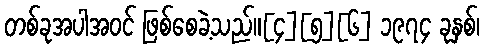
တစ်ခုအပါအဝင် ဖြစ်စေခဲ့သည်။[၄][၅][၆] ၁၉၇၄ ခုနှစ်၊